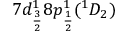
7 d _ { \frac { 3 } { 2 } } ^ { 1 } 8 p _ { \frac { 1 } { 2 } } ^ { 1 } ( ^ { 1 } D _ { 2 } )